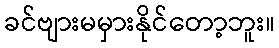
ခင်ဗျားမမှားနိုင်တော့ဘူး။